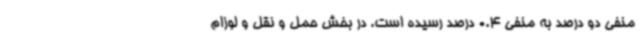
منفی دو درصد به منفی 0.4 درصد رسیده است. در بخش حمل و نقل و لوزام